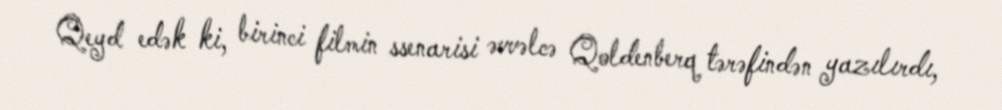
Qeyd edək ki, birinci filmin ssenarisi əvvəlcə Qoldenberq tərəfindən yazılırdı,